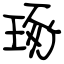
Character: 琢